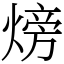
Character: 𪹚